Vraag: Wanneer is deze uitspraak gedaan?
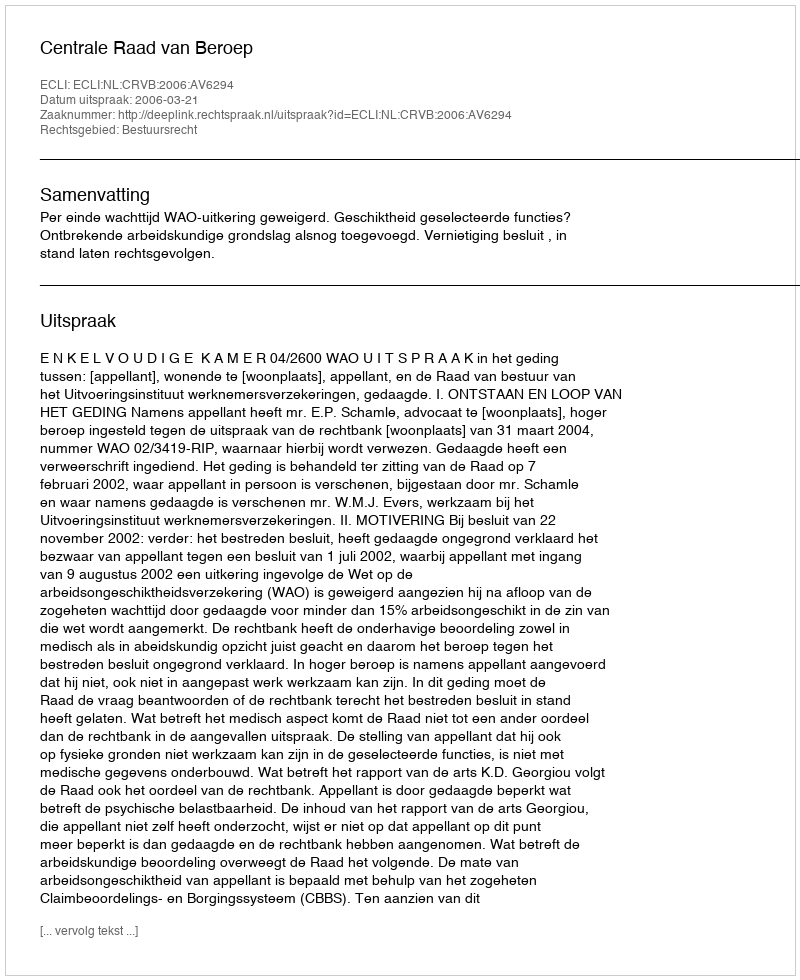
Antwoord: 2006-03-21